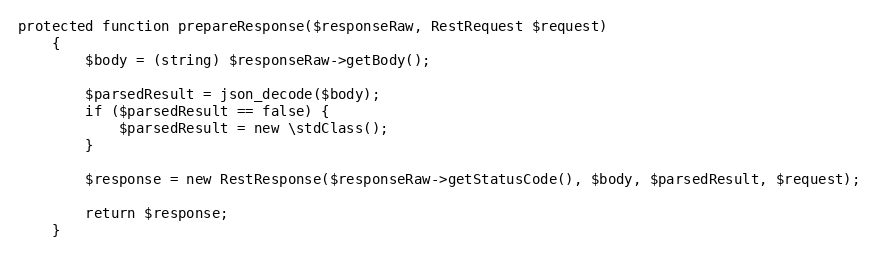
Language: PHP
protected function prepareResponse($responseRaw, RestRequest $request)
    {
        $body = (string) $responseRaw->getBody();

        $parsedResult = json_decode($body);
        if ($parsedResult == false) {
            $parsedResult = new \stdClass();
        }

        $response = new RestResponse($responseRaw->getStatusCode(), $body, $parsedResult, $request);

        return $response;
    }